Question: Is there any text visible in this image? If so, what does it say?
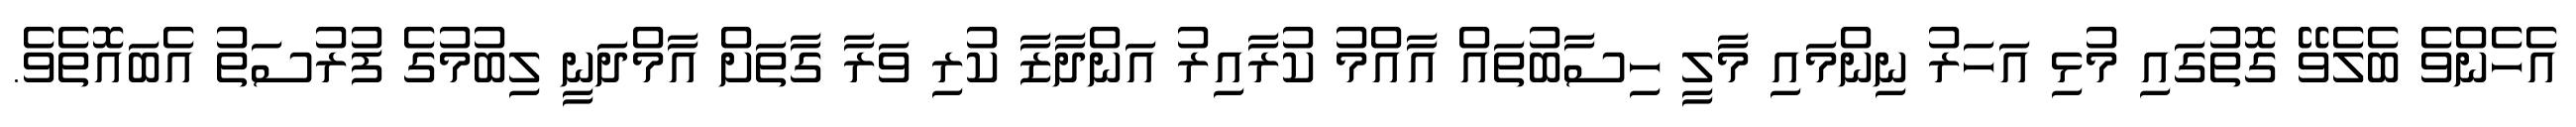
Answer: އެހެންވެ ބެލެވޭ ގޮތުގައި މުޅި އަހަރު ނިންމައި މާލީ ހިސާބުތައް އާއްމު ކުރާއިރު އަންދާޒާ ކުރި ވަރާ ގާތަށް އާމްދަނީ ލިބުމުގެ ފުރުސަތު އެބައޮތެވެ.